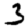
Digit: 3